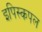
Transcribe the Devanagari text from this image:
इपिस्कपल